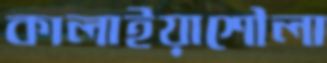
কালাইয়াশৌলা